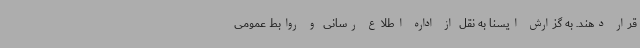
قرار دهند. به گزارش ایسنا به نقل از اداره اطلاع رسانی و روابط عمومی